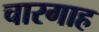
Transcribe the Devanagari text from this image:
चारगाह